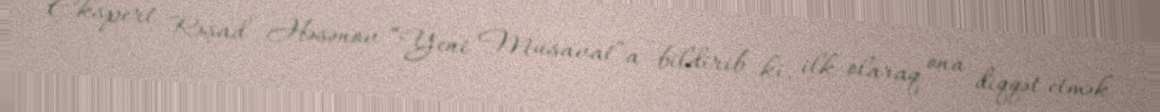
Ekspert Rəşad Həsənov “Yeni Müsavat”a bildirib ki, ilk olaraq ona diqqət etmək